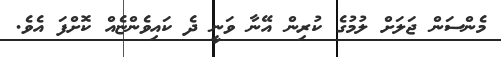
މެންސަން ޖަލަށް ލުމުގެ ކުރިން އޭނާ ވަނީ ދެ ކައިވެންޏެއް ކޮށްފަ އެވެ.